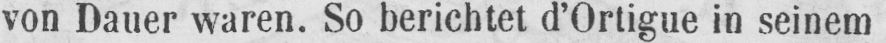
von Dauer waren. So berichtet d’Ortigue in seinem